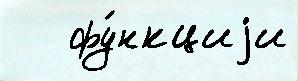
   фу́нкциjи